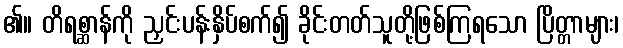
၏။ တိရစ္ဆာန်ကို ညှင်းပန်းနှိပ်စက်၍ ခိုင်းတတ်သူတို့ဖြစ်ကြရသော ပြိတ္တာများ၊